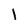
Character: l